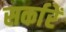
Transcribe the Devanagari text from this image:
सर्कारें